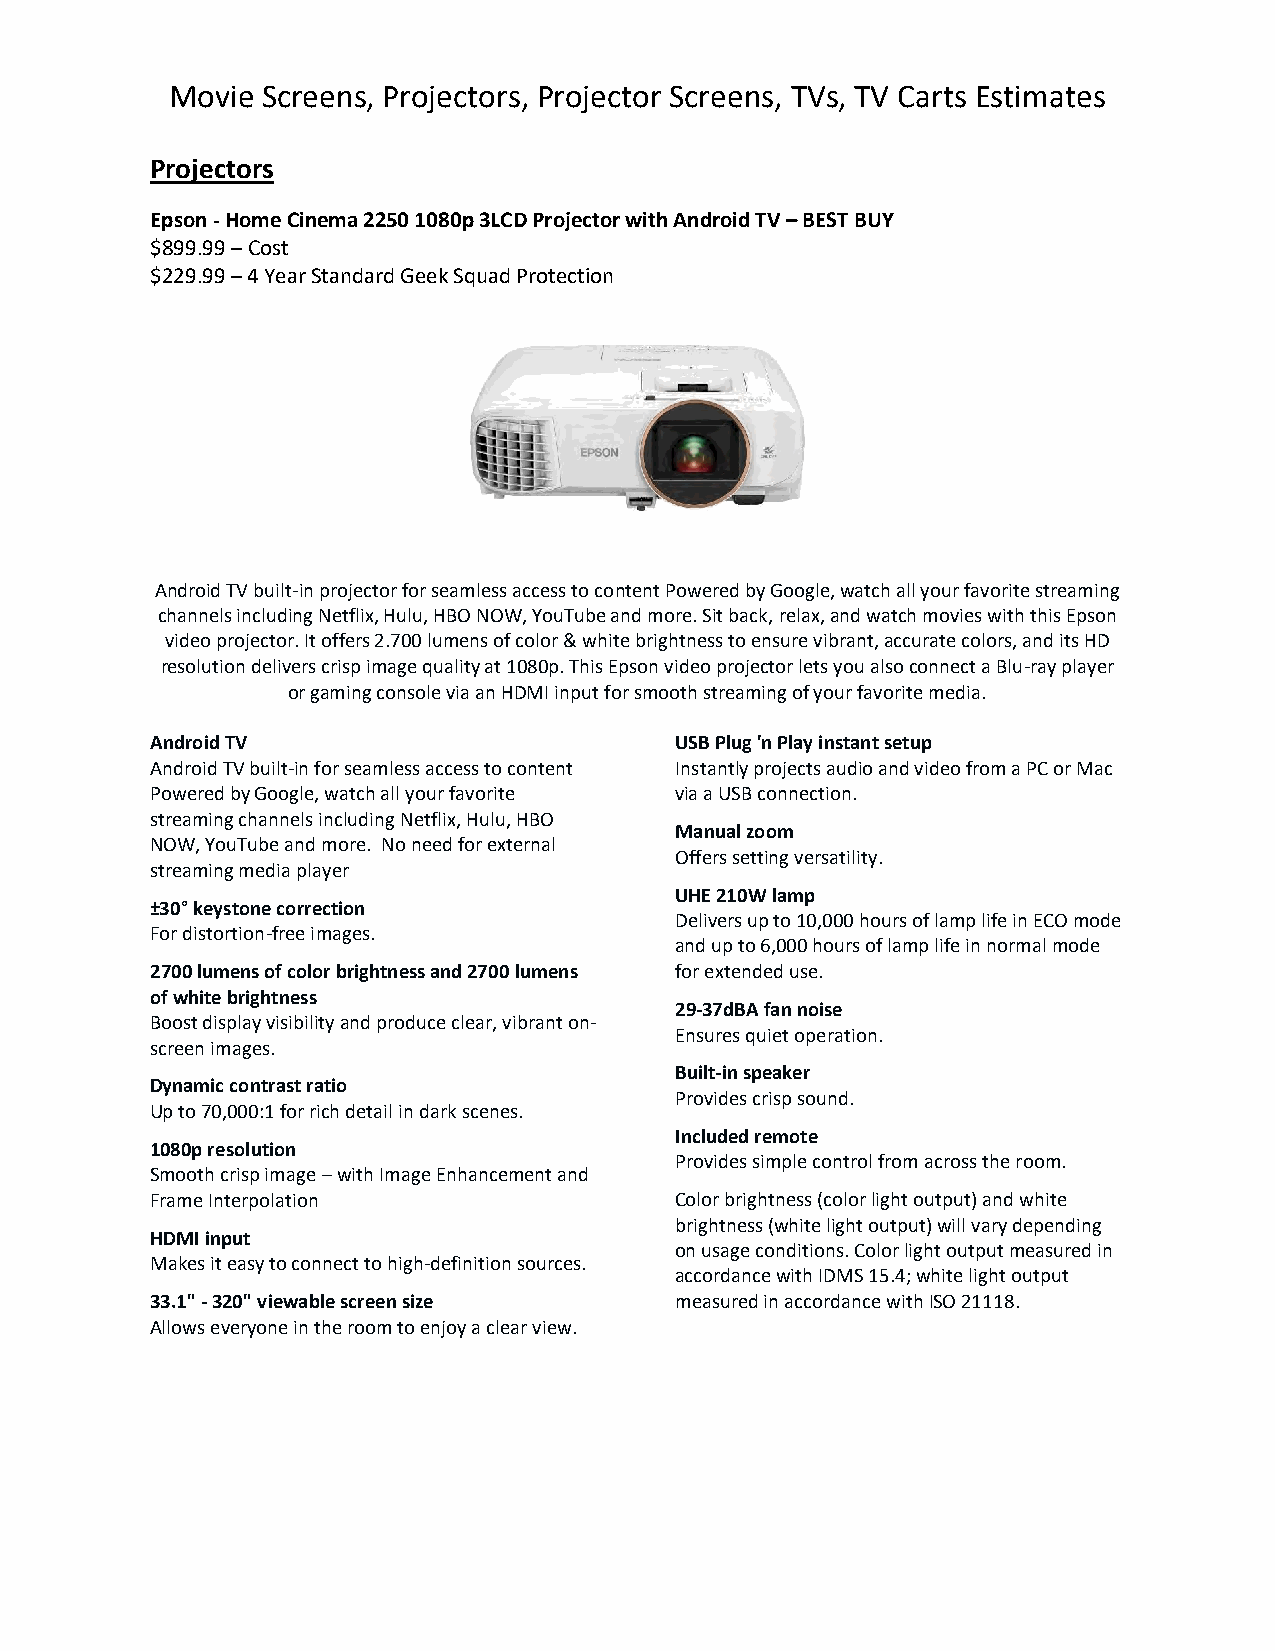
Movie Screens, Projectors, Projector Screens, TVs, TV Carts Estimates
 Projectors
 Epson -Home Cinema 2250 1080p 3LCD Projector with Android TV – BEST BUY
 $899.99 – Cost
 $229.99 – 4 Year Standard Geek Squad Protection
 Android TV built-in projector for seamless access to content Powered by Google, watch all your favorite streaming
 channels including Netflix, Hulu, HBO NOW, YouTube and more. Sit back, relax, and watch movies with this Epson
 video projector. It offers 2.700 lumens of color & white brightness to ensure vibrant, accurate colors, and its HD
 resolution delivers crisp image quality at 1080p. This Epson video projector lets you also connect a Blu-ray player
 or gaming console via an HDMI input for smooth streaming of your favorite media.
 Android TV                         USB Plug 'n Play instant setup
 Android TV built-in for seamless access to content Instantly projects audio and video from a PC or Mac
 Powered by Google, watch all your favorite via a USB connection.
 streaming channels including Netflix, Hulu, HBO
 Manual zoom
 NOW, YouTube and more. No need for external
 Offers setting versatility.
 streaming media player
 UHE 210W lamp
 ±30° keystone correction
 Delivers up to 10,000 hours of lamp life in ECO mode
 For distortion-free images.
 and up to 6,000 hours of lamp life in normal mode
 2700 lumens of color brightness and 2700 lumens for extended use.
 of white brightness
 29-37dBA fan noise
 Boost display visibility and produce clear, vibrant on-
 Ensures quiet operation.
 screen images.
 Built-in speaker
 Dynamic contrast ratio
 Provides crisp sound.
 Up to 70,000:1 for rich detail in dark scenes.
 Included remote
 1080p resolution
 Provides simple control from across the room.
 Smooth crisp image – with Image Enhancement and
 Frame Interpolation                Color brightness (color light output) and white
 brightness (white light output) will vary depending
 HDMI input
 on usage conditions. Color light output measured in
 Makes it easy to connect to high-definition sources.
 accordance with IDMS 15.4; white light output
 33.1" -320" viewable screen size   measured in accordance with ISO 21118.
 Allows everyone in the room to enjoy a clear view.